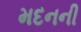
મદનની